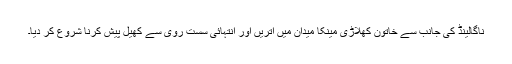
ناگالینڈ کی جانب سے خاتون کھلاڑی مینکا میدان میں اتریں اور انتہائی سست روی سے کھیل پیش کرنا شروع کر دیا۔